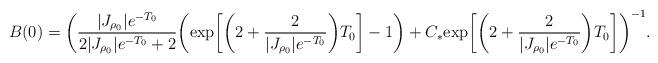
LaTeX: \begin{align*}B(0)=\bigg(\frac{|J_{\rho_0}|e^{-T_{0}}}{2|J_{\rho_0}|e^{-T_{0}}+2} \bigg( {\rm \exp}\bigg[\bigg(2+\frac{2}{|J_{\rho_{0}}|e^{-T_{0}}}\bigg)T_{0}\bigg] -1\bigg) + C_*{\rm \exp}\bigg[\bigg(2+\frac{2}{|J_{\rho_{0}}|e^{-T_{0}}}\bigg)T_{0}\bigg] \bigg)^{-1}.\end{align*}